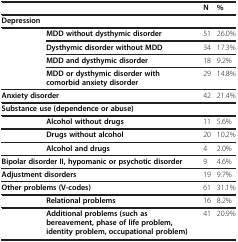
|  |  | N | % |
 | --- | --- | --- | --- |
 | Depression |  |  |  |
 | <ROWSPAN=4>  | MDD without dysthymic disorder | 51 | 26.0% |
 | Dysthymic disorder without MDD | 34 | 17.3% |
 | MDD and dysthymic disorder | 18 | 9.2% |
 | MDD or dysthymic disorder with comorbid anxiety disorder | 29 | 14.8% |
 | <COLSPAN=2> Anxiety disorder | 42 | 21.4% |
 | <COLSPAN=2> Substance use (dependence or abuse) |  |  |
 |  | Alcohol without drugs | 11 | 5.6% |
 |  | Drugs without alcohol | 20 | 10.2% |
 |  | Alcohol and drugs | 4 | 2.0% |
 | <COLSPAN=2> Bipolar disorder II, hypomanic or psychotic disorder | 9 | 4.6% |
 | <COLSPAN=2> Adjustment disorders | 19 | 9.7% |
 | <COLSPAN=2> Other problems (V-codes) | 61 | 31.1% |
 |  | Relational problems | 16 | 8.2% |
 |  | Additional problems (such as bereavement, phase of life problem, identity problem, occupational problem) | 41 | 20.9% |